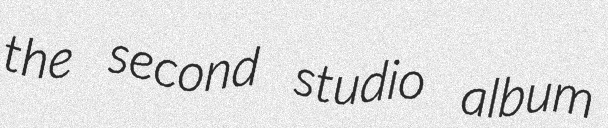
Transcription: the second studio album